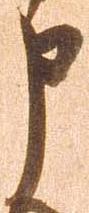
申